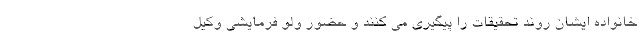
خانواده ایشان روند تحقیقات را پیگیری می کنند و حضور ولو فرمایشی وکیل